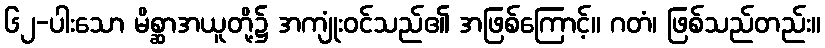
၆၂-ပါးသော မိစ္ဆာအယူတို့၌ အကျုံးဝင်သည်၏ အဖြစ်ကြောင့်။ ဂတံ၊ ဖြစ်သည်တည်း။